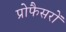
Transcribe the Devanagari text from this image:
प्रोफैसरों